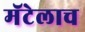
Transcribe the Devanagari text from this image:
मॅटेलाच